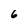
Character: 6